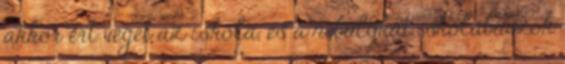
akkor ért véget az iskola, és a nebulókat iskolabuszok